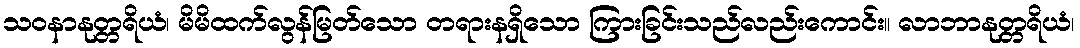
သဝနာနုတ္တရိယံ၊ မိမိထက်လွန်မြတ်သော တရားနရှိသော ကြားခြင်းသည်လည်းကောင်း။ လာဘာနုတ္တရိယံ၊